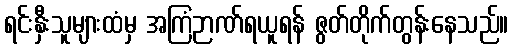
ရင်းနှီးသူများထံမှ အကြံဉာဏ်ရယူရန် ဇွတ်တိုက်တွန်းနေသည်။